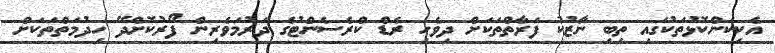
އެކިކަންކޮޅުތަކުގައި ތިބި ނާޒުކު ފަރާތްތަކަށް ދިވެހި ރެޑް ކްރެސެންޓުގެ ދަރުމަވެރިން ފޯރުކޮށްދޭ ހިދުމަތްތަކަށް